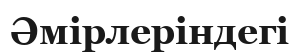
Әмірлеріндегі